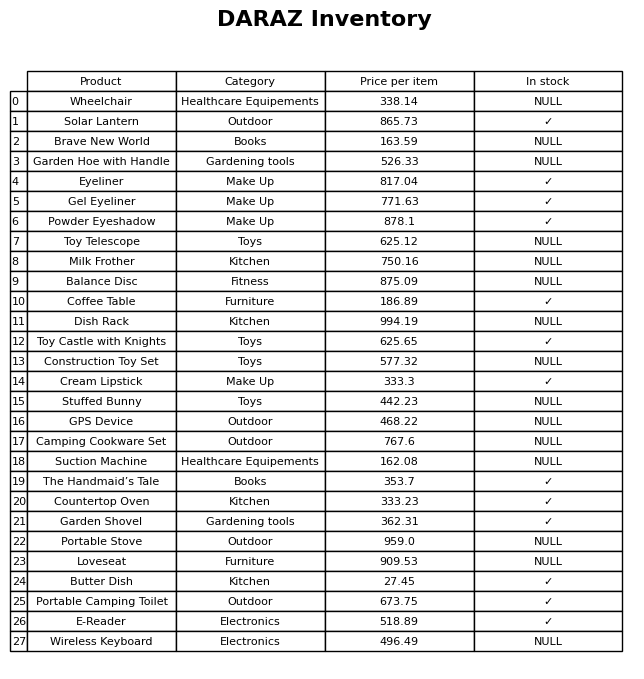
question: What category does the Butter Dish belong to?
answer: Kitchen